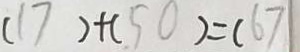
( 1 7 ) + ( 5 0 ) = ( 6 7